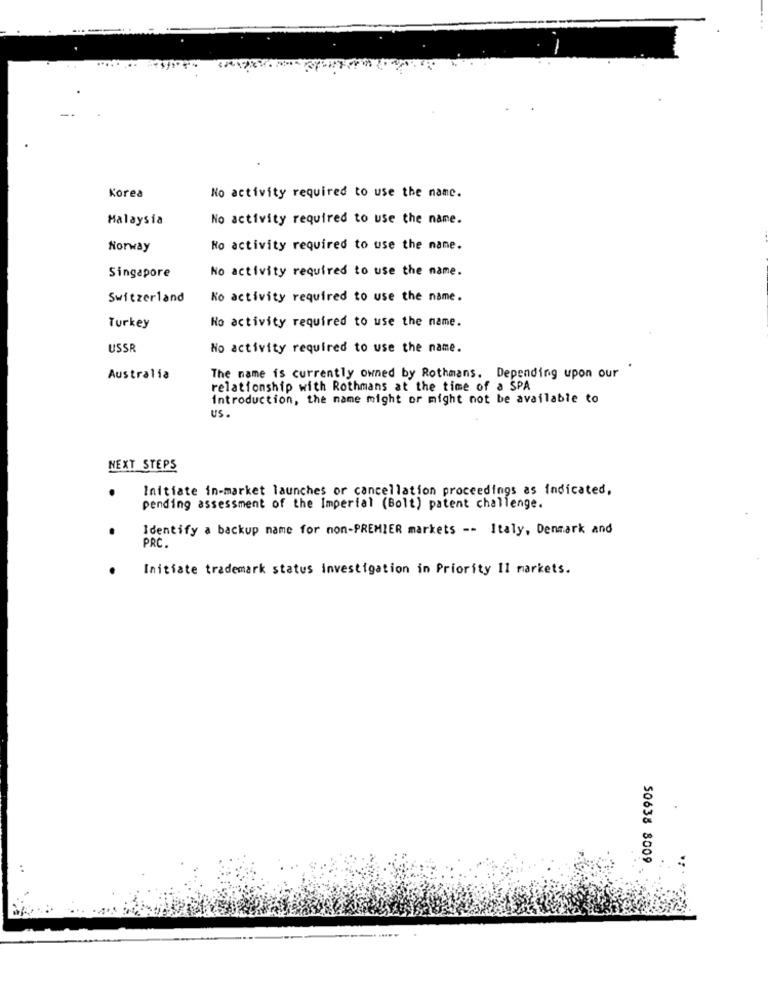
Korea
No activity required to use the name.
Malaysia
No activity required to use the name.
Norway
No activity required to use the name.
No activity required to use the name.
Singapore
Switzerland
Ko activity required to use the name.
No activity required to use the name.
Turkey
USSR
No activity required to use the name.
Australia
The name is currently owned by Rothmans. Depending upon our
relationship with Rothmans at the time of a SPA
introduction, the name might or might not be available to
Us.
NEXT STEPS
Initiate in-market launches or cancellation proceedings as indicated,
pending assessment of the Imperial (Bolt) patent challenge.
Identify a backup name for non-PREMIER markets -- Italy, Denmark and
PRC
Initiate trademark status investigation in Priority Il markets.
50638 8009